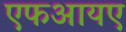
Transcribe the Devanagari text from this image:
एफआयए